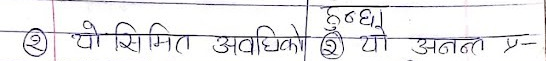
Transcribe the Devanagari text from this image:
(2) यो सिमित अवधिको
(2) यो अनन्त प्र-